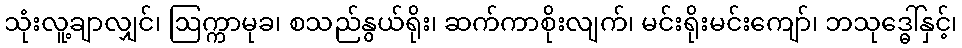
သုံးလူ့ချာလျှင်၊ ဩက္ကာမုခ၊ စသည်နွယ်ရိုး၊ ဆက်ကာစိုးလျက်၊ မင်းရိုးမင်းကျော်၊ ဘသုဒ္ဓေါ်နှင့်၊